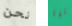
نحن ليز